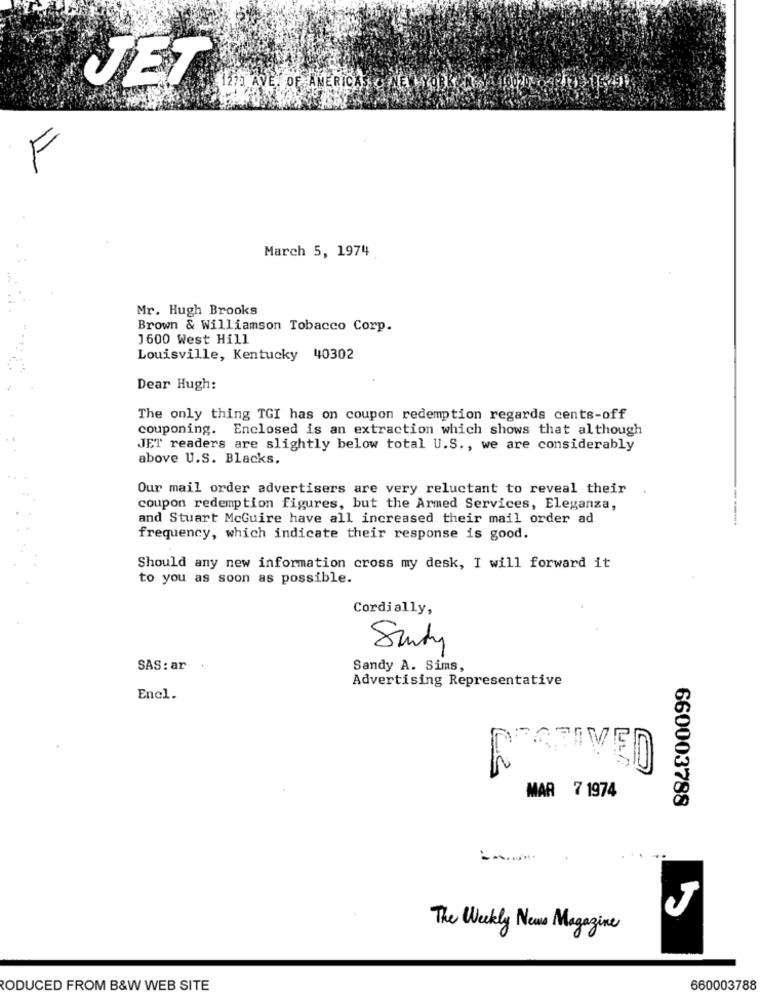
JET
1275 AVE. OF AMERICAS & NEW YORK
F
March 5, 1974
Mr. Hugh Brooks
Brown & Williamson Tobacco Corp.
J600 West Hill
Louisville, Kentucky 40302
Dear Hugh:
The only thing TGI has on coupon redemption regards cents-off
couponing. Enclosed is an extraction which shows that although
JET readers are slightly below total U.S ., we are considerably
above U.S. Blacks.
Our mail order advertisers are very reluctant to reveal their
coupon redemption figures, but the Armed Services, Eleganza,
and Stuart McGuire have all increased their mail order ad
frequency, which indicate their response is good.
Should any new information cross my desk, I will forward it
to you as soon as possible.
Cordially,
Sandy
SAS: ar
Sandy A. Sims,
Advertising Representative
Enel.
ESTIVED
MAR 7 1974
660003788
J
The Weekly News Magazine
RODUCED FROM B&W WEB SITE
660003788